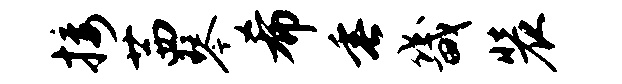
接茜琴希垂畿装